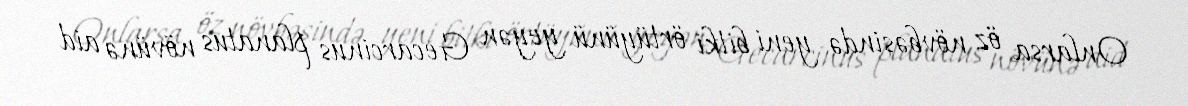
Onlarsa öz növbəsində yeni bitki örtüyünü yeyən Gecarcinus planatus növünə aid